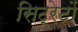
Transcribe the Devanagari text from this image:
सिट्रेटों